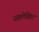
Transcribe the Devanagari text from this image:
सहलेखित